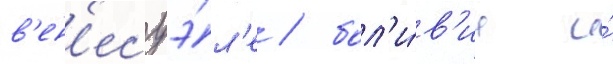
в'ен'есуэ́л'е / бол'и́в'ии и́